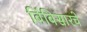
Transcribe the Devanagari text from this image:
बिंबिसारचे